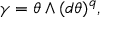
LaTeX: \gamma = \theta \wedge ( d \theta ) ^ { q } ,